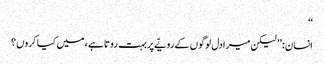
‘‘
انسان: ’’ لیکن میرا دل لوگوں کے رویّے پربہت روتا ہے ، میں کیا کروں ؟